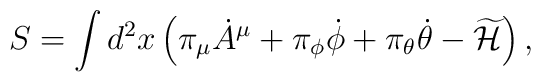
S  =  \int d^2x \left(               \pi_\mu {\dot A}^\mu +\pi_{\phi} {\dot \phi} + \pi_\theta {\dot \theta} - \widetilde {\cal H}                \right),